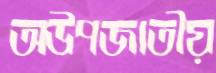
অউপজাতীয়